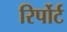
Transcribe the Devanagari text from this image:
रिर्पोर्ट